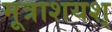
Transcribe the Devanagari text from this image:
मूत्राशयश्